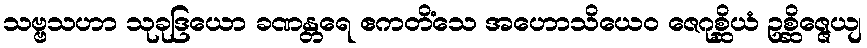
သဗ္ဗသဟာ သုခုဒြယော ခဏန္တရေ ဧကတိံသေ အဟောသိယေဝ ဇေဂုစ္ဆိယံ ဥစ္ဆိဇ္ဇေယျ